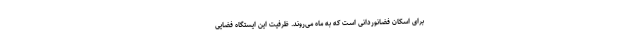
برای اسکان فضانوردانی است که به ماه می‌روند. ظرفیت این ایستگاه فضایی